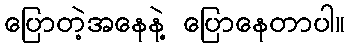
ပြောတဲ့အနေနဲ့ ပြောနေတာပါ။